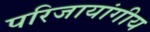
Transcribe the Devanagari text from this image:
परिजायांगीय